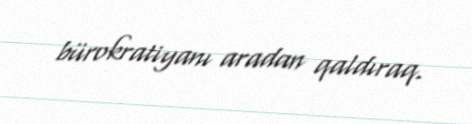
bürokratiyanı aradan qaldıraq.